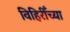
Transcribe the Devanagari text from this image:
विहिरीँच्या